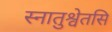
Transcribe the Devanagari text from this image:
स्नातुश्वेतसि